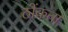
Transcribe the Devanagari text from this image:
ठोंकता